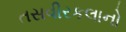
તસવીરકલાનો